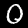
Digit: 0